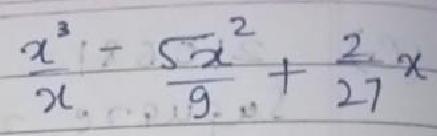
$\frac{x^{3}}{x}-\frac{5x^{2}}{9}+\frac{2}{27}x$